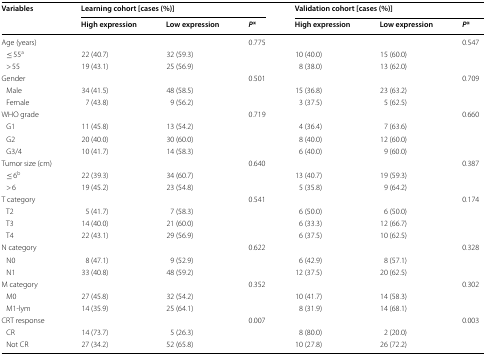
<table><thead><tr><td rowspan="2"><b>Variables</b></td><td colspan="3"><b>Learning cohort [cases (%)]</b></td><td colspan="3"><b>Validation cohort [cases (%)]</b></td></tr><tr><td><b>High expression</b></td><td><b>Low expression</b></td><td><b><i>P</i>*</b></td><td><b>High expression</b></td><td><b>Low expression</b></td><td><b><i>P</i>*</b></td></tr></thead><tbody><tr><td colspan="3">Age (years)</td><td>0.775</td><td></td><td></td><td>0.547</td></tr><tr><td> ≤ 55<sup>a</sup></td><td>22 (40.7)</td><td>32 (59.3)</td><td></td><td>10 (40.0)</td><td>15 (60.0)</td><td></td></tr><tr><td> &gt; 55</td><td>19 (43.1)</td><td>25 (56.9)</td><td></td><td>8 (38.0)</td><td>13 (62.0)</td><td></td></tr><tr><td colspan="3">Gender</td><td>0.501</td><td></td><td></td><td>0.709</td></tr><tr><td> Male</td><td>34 (41.5)</td><td>48 (58.5)</td><td></td><td>15 (36.8)</td><td>23 (63.2)</td><td></td></tr><tr><td> Female</td><td>7 (43.8)</td><td>9 (56.2)</td><td></td><td>3 (37.5)</td><td>5 (62.5)</td><td></td></tr><tr><td colspan="3">WHO grade</td><td>0.719</td><td></td><td></td><td>0.660</td></tr><tr><td> G1</td><td>11 (45.8)</td><td>13 (54.2)</td><td></td><td>4 (36.4)</td><td>7 (63.6)</td><td></td></tr><tr><td> G2</td><td>20 (40.0)</td><td>30 (60.0)</td><td></td><td>8 (40.0)</td><td>12 (60.0)</td><td></td></tr><tr><td> G3/4</td><td>10 (41.7)</td><td>14 (58.3)</td><td></td><td>6 (40.0)</td><td>9 (60.0)</td><td></td></tr><tr><td colspan="3">Tumor size (cm)</td><td>0.640</td><td></td><td></td><td>0.387</td></tr><tr><td> ≤ 6<sup>b</sup></td><td>22 (39.3)</td><td>34 (60.7)</td><td></td><td>13 (40.7)</td><td>19 (59.3)</td><td></td></tr><tr><td> &gt; 6</td><td>19 (45.2)</td><td>23 (54.8)</td><td></td><td>5 (35.8)</td><td>9 (64.2)</td><td></td></tr><tr><td colspan="3">T category</td><td>0.541</td><td></td><td></td><td>0.174</td></tr><tr><td> T2</td><td>5 (41.7)</td><td>7 (58.3)</td><td></td><td>6 (50.0)</td><td>6 (50.0)</td><td></td></tr><tr><td> T3</td><td>14 (40.0)</td><td>21 (60.0)</td><td></td><td>6 (33.3)</td><td>12 (66.7)</td><td></td></tr><tr><td> T4</td><td>22 (43.1)</td><td>29 (56.9)</td><td></td><td>6 (37.5)</td><td>10 (62.5)</td><td></td></tr><tr><td colspan="3">N category</td><td>0.622</td><td></td><td></td><td>0.328</td></tr><tr><td> N0</td><td>8 (47.1)</td><td>9 (52.9)</td><td></td><td>6 (42.9)</td><td>8 (57.1)</td><td></td></tr><tr><td> N1</td><td>33 (40.8)</td><td>48 (59.2)</td><td></td><td>12 (37.5)</td><td>20 (62.5)</td><td></td></tr><tr><td colspan="3">M category</td><td>0.352</td><td></td><td></td><td>0.302</td></tr><tr><td> M0</td><td>27 (45.8)</td><td>32 (54.2)</td><td></td><td>10 (41.7)</td><td>14 (58.3)</td><td></td></tr><tr><td> M1-lym</td><td>14 (35.9)</td><td>25 (64.1)</td><td></td><td>8 (31.9)</td><td>14 (68.1)</td><td></td></tr><tr><td colspan="3">CRT response</td><td>0.007</td><td></td><td></td><td>0.003</td></tr><tr><td> CR</td><td>14 (73.7)</td><td>5 (26.3)</td><td></td><td>8 (80.0)</td><td>2 (20.0)</td><td></td></tr><tr><td> Not CR</td><td>27 (34.2)</td><td>52 (65.8)</td><td></td><td>10 (27.8)</td><td>26 (72.2)</td><td></td></tr></tbody></table>